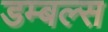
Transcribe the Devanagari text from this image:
डम्बल्स